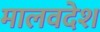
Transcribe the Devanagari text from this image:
मालवदेश